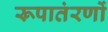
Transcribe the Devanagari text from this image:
रूपातंरणों